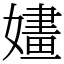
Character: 嫿